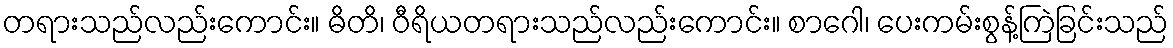
တရားသည်လည်းကောင်း။ ဓိတိ၊ ဝီရိယတရားသည်လည်းကောင်း။ စာဂေါ၊ ပေးကမ်းစွန့်ကြဲခြင်းသည်